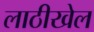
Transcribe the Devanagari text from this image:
लाठीखेल